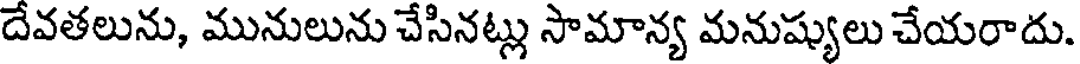
దేవతలును, మునులును చేసినట్లు సామాన్య మనుష్యులు చేయరాదు.